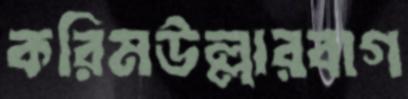
করিমউল্লারবাগ